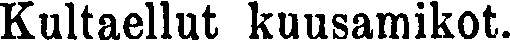
Kultaellut kuusamikot.